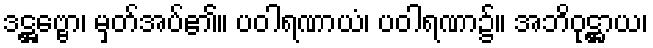
ဒဋ္ဌဗ္ဗော၊ မှတ်အပ်၏။ ပဝါရဏာယံ၊ ပဝါရဏာ၌။ အဘိဝုဋ္ဌာယ၊